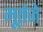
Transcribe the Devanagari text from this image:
मूर्तजे